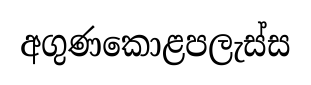
අගුණකොළපලැස්ස